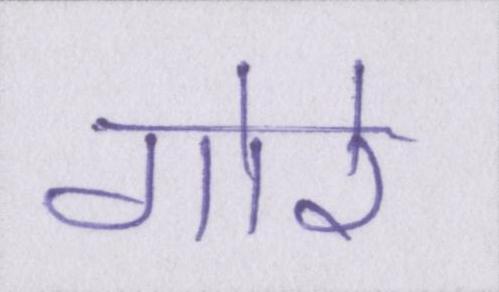
गोरे